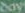
day